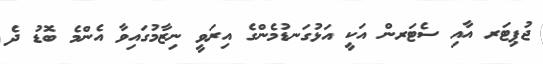
ޖުޕިޓަރ އާއި ސެޓަރން އަކީ އަޅުގަނޑުމެންގެ އިރަވީ ނިޒާމުގައިވާ އެންމެ ބޮޑު ދެ